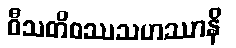
ဝီသတိဝဿသဟဿာနိ